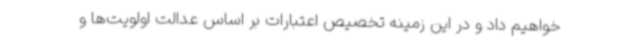
خواهیم داد و در این زمینه تخصیص اعتبارات بر اساس عدالت اولویت‌ها و